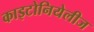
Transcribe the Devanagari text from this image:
काइटोनियेलीज